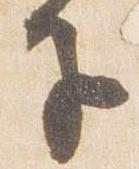
子